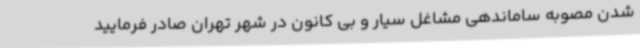
شدن مصوبه ساماندهی مشاغل سیار و بی کانون در شهر تهران صادر فرمایید